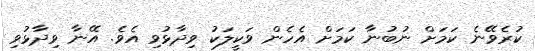
ކުރެވޭނެ ކަމަށް ނުބުނާ ކަމަށް އެހެން ވަކީލަކު ވިދާޅުވި އެވެ. އޭނާ ވިދާޅުވި